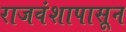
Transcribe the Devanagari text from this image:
राजवंशापासून